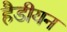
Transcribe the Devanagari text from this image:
हैडीयन